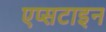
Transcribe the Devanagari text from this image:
एप्सटाइन